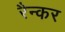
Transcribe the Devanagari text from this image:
रैन्कर